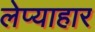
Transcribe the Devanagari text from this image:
लेप्याहार